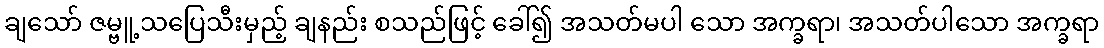
ချသော် ဇမ္ဗူ့သပြေသီးမှည့် ချနည်း စသည်ဖြင့် ခေါ်၍ အသတ်မပါ သော အက္ခရာ၊ အသတ်ပါသော အက္ခရာ